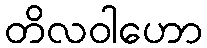
တိလဝါဟော